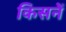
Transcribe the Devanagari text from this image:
किसनें